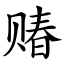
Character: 䞐